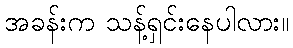
အခန်းက သန့်ရှင်းနေပါလား။